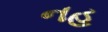
નહ